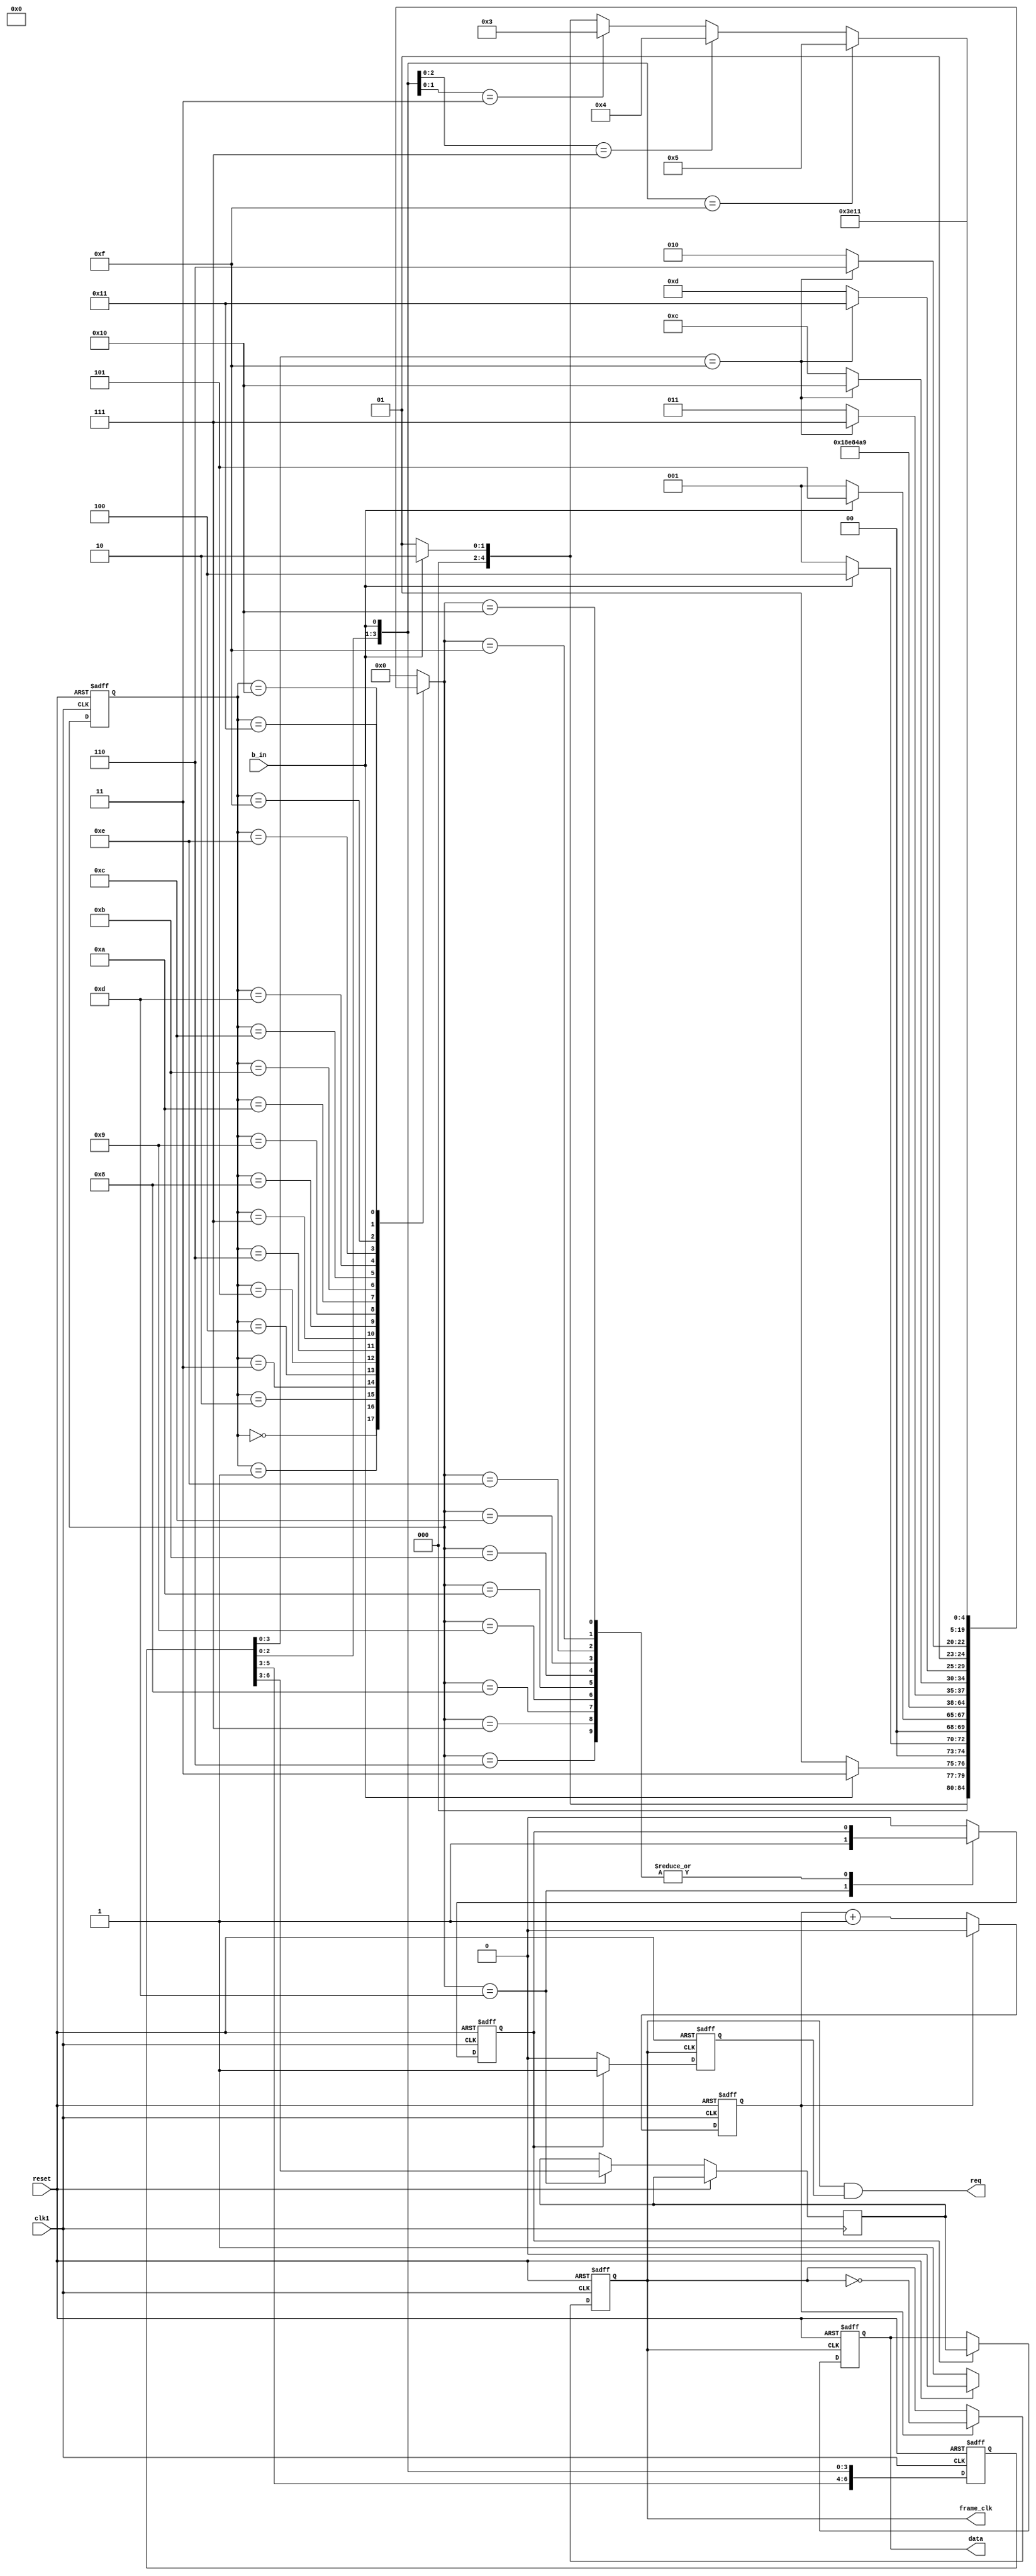
module homeworkVII_3_PCS_demo
(
input b_in,
input clk1,
input reset,
output frame_clk,
output req,
output reg [3:0]data
);


reg work;//req
reg [3:0]data_effect;//
reg en;//
reg cnt,clk_temp;//
reg [4:0]current_state,next_state;//
reg [6:0]data_temp;//


//
parameter
S_IDLE = 5'd0,
S0 = 5'd1,
S1 = 5'd2,
S2 = 5'd3,
S3 = 5'd4,
S4 = 5'd5,
S5 = 5'd6,
S6 = 5'd7,
S7 = 5'd8,
S8 = 5'd9,
S9 = 5'd10,
S10 = 5'd11,
S11 = 5'd12,
S12 = 5'd13,
S13 = 5'd14,
S14 = 5'd15,
S15 = 5'd16,
S16 = 5'd17;


//
//*******************************************************//
always@(posedge clk1 or posedge reset)
begin
if(reset)
cnt <= 1'd0;
else if(cnt == 1)
cnt <= 1'd0;
else
cnt <= cnt + 1'b1;
end


always@(posedge clk1 or posedge reset)
begin
if(reset)
clk_temp <= 1'b0;
else if((cnt == 1))
clk_temp <= ~clk_temp;
else
clk_temp <= clk_temp;
end

assign frame_clk = clk_temp;
//*******************************************************//


//
//*******************************************************//
always@(posedge clk1 or posedge reset)
begin
if(reset)
current_state <= S_IDLE;

else
current_state <= next_state;
end


always@(*)
begin
next_state = S_IDLE;
case(current_state)
S_IDLE :
begin
if(reset)
next_state = S_IDLE;
else
next_state = S0;
end

S0 :
begin
if(b_in)
next_state = S1;
else
next_state = S0;
end


S1 :
begin
if(b_in)
next_state = S2;
else
next_state = S0;
end


S2 :
begin
if(b_in)
next_state = S3;
else
next_state = S0;
end


S3 :
begin
if(b_in)
next_state = S4;
else
next_state = S0;
end//1111


S4 :
next_state = S5;

S5 :
next_state = S6;

S6 :
next_state = S7;

S7 :
next_state = S8;

S8 :
next_state = S9; // S41S8

S9 :
begin
if(data_temp[3:0] == 4'b1111)
next_state = S14;
else
next_state = S10;
end//data_temp

S10 :
begin
if(data_temp[3:0] == 4'b1111)
next_state = S15;
else
next_state = S11;
end

S11 :
begin
if(data_temp[3:0] == 4'b1111)
next_state = S16;
else
next_state = S12;
end

S12 :
begin
if(data_temp[3:0] == 4'b1111)
next_state = S13;
else
next_state = S9;//S12S9S9
end
S13 :
next_state = S14;
S14 :
next_state = S15;
S15 :
next_state = S16;

S16 :
begin
if({data_temp[2:0],b_in} == 4'b1111)
next_state = S4;
else if({data_temp[1:0],b_in} == 3'b111)
next_state = S3;
else if({data_temp[0],b_in} == 2'b11)
next_state = S2;
else if(b_in == 1'b1)
next_state = S1;
else
next_state = S0;
end

default : 
next_state = S_IDLE;
endcase


end


always@(posedge clk1 or posedge reset)
begin
if(reset)
begin
data_temp <= 7'b0000000;
en <= 1'b0;
end

else
begin
case(next_state)
S4 :
begin
data_temp <= {data_temp[5:0],b_in};
en <= 1'b0;
end

S5 : 
data_temp <= {data_temp[5:0],b_in};

S6 :
data_temp <= {data_temp[5:0],b_in};

S7 :
data_temp <= {data_temp[5:0],b_in};

S8 :
data_temp <= {data_temp[5:0],b_in};

S9 :
data_temp <= {data_temp[5:0],b_in}; 

S10 :
data_temp <= {data_temp[5:0],b_in};

S11 :
data_temp <= {data_temp[5:0],b_in};

S12 :
begin
data_temp <= {data_temp[5:0],b_in};
data_effect <= data_temp[6:3];
en <= 1'b1;
end
S13 :
begin
data_temp <= {data_temp[5:0],b_in};
en <= en;
end
S14 :
begin
data_temp <= {data_temp[5:0],b_in};
en <= en;
end
S15 :
begin
data_temp <= {data_temp[5:0],b_in};
en <= en;
end
S16 :
begin
data_temp <= {data_temp[5:0],b_in};
en <= 1'b0;
end
default : 
begin
data_temp <= {data_temp[5:0],b_in};
en <= 1'b0;
end
endcase
end
end


always@(posedge clk_temp or posedge reset)
begin
if(reset)
begin
data <= 4'b0000;
work <= 1'b0;
end
else if(en)
begin
data <= data_effect;
work <= 1'b1;
end
else
begin
data <= data;
work <= 1'b0;
end
end


assign req = clk_temp & work;

endmodule